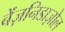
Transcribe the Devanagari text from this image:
बेंज़निडाज़ोल